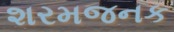
શરમજનક